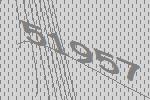
51957